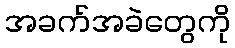
အခက်အခဲတွေကို